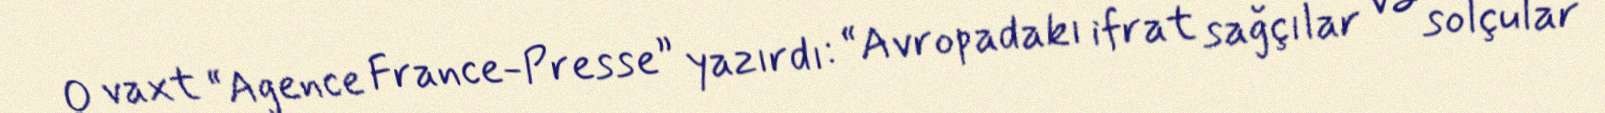
O vaxt “Agence France-Presse” yazırdı: “Avropadakı ifrat sağçılar və solçular